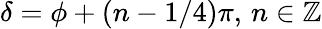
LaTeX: \delta=\phi+(n-1/4)\pi,\, n\in\mathbb{Z}